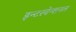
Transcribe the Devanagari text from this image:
इन्टरवेन्शनल